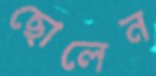
ছোলেন